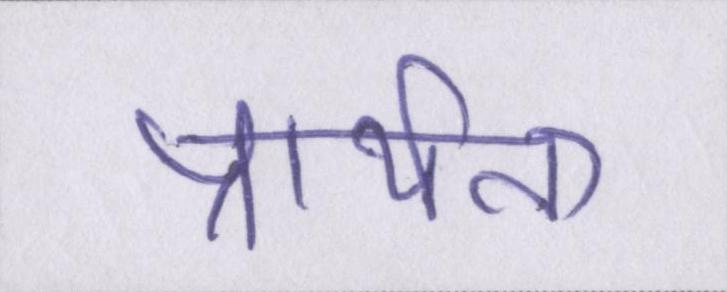
प्रार्थना